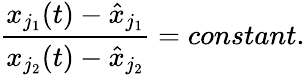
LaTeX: \frac{x_{j_{1}}(t)-\hat{x}_{j_{1}}}{x_{j_{2}}(t)-\hat{x}_{j_{2}}}=constant.